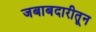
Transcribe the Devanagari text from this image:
जबाबदारीतून